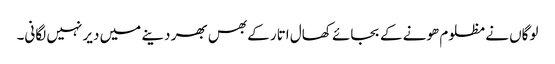
لوگاں نے مظلوم ھونے کے بجائے کھال اتار کے بھس بھر دینے میں دیر نہیں لگانی۔